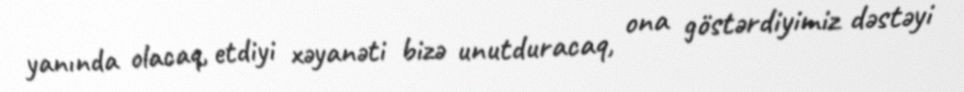
yanında olacaq, etdiyi xəyanəti bizə unutduracaq, ona göstərdiyimiz dəstəyi